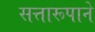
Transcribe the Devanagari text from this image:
सत्तारूपाने